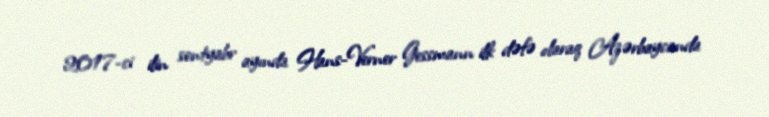
2017-ci ilin sentyabr ayında Hans-Verner Gessmann ilk dəfə olaraq Azərbaycanda